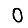
Digit: 0